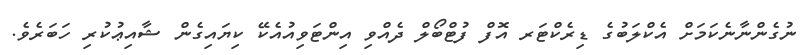
ނުގެންނާނެކަމަށް އެކްލަބުގެ ޑިރެކްޓަރ އޮފް ފުޓްބޯލް ދެއްވި އިންޓަވިއުއެކޭ ކިޔައިގެން ޝާއިޢުކުރި ހަބަރެވެ.